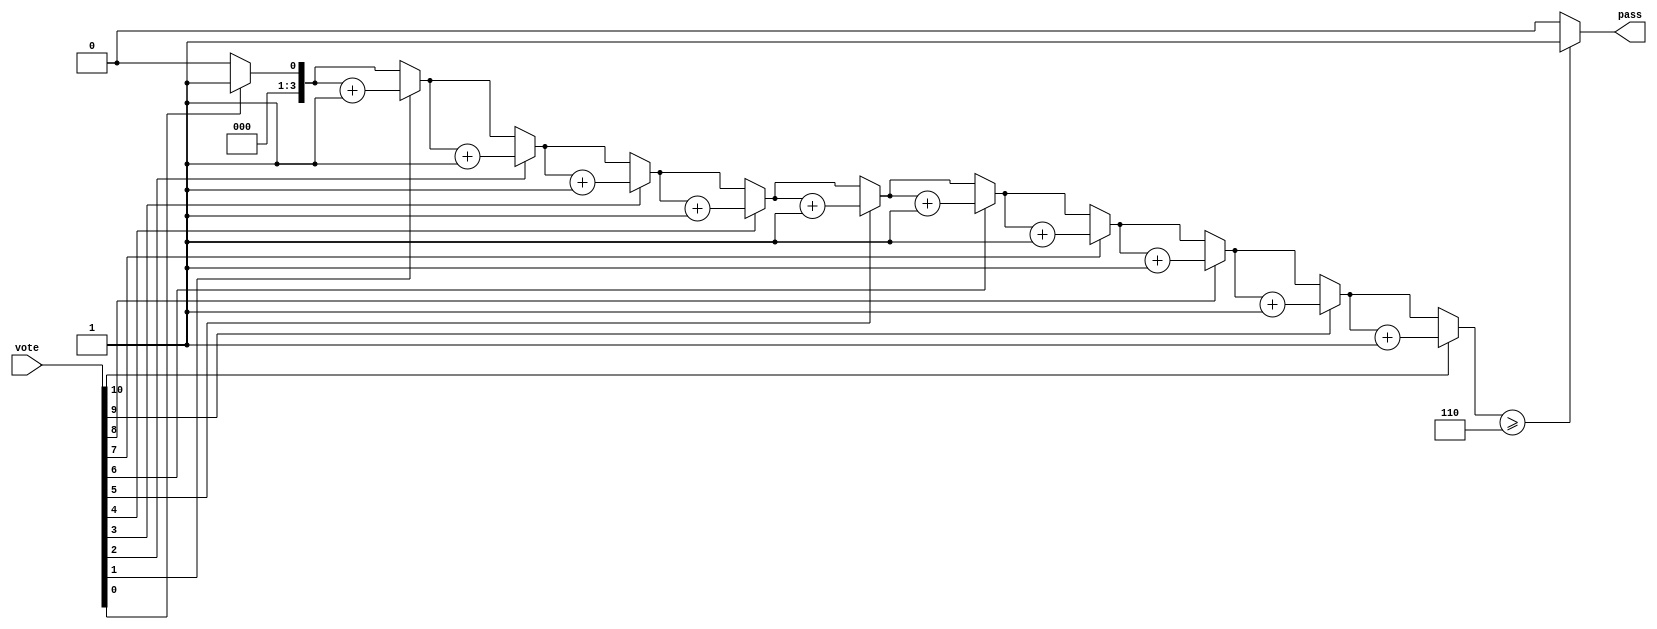
//20184228 
// 2019/11/1
//116

module voter11(input [10:0] vote,
               output reg pass);
    integer i;
    reg [3:0] sum;
    always @(vote) begin
        sum = 0;
        for (i = 0; i<=10; i=i+1) begin
            if(vote[i]) sum = sum + 1;
        end
        if (sum>=6) pass = 1'b1;
        else pass = 1'b0;
    end
endmodule